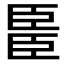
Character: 𫇆